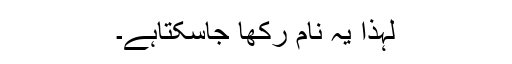
لہذا یہ نام رکھا جاسکتاہے۔